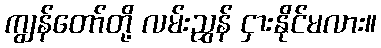
ကျွန်တော်တို့ လမ်းညွှန် ငှားနိုင်မလား။